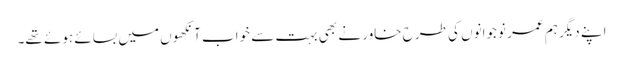
اپنے دیگر ہم عمر نوجوانوں کی طرح خاور نے بھی بہت سے خواب آنکھوں میں بسائے ہوئے تھے۔